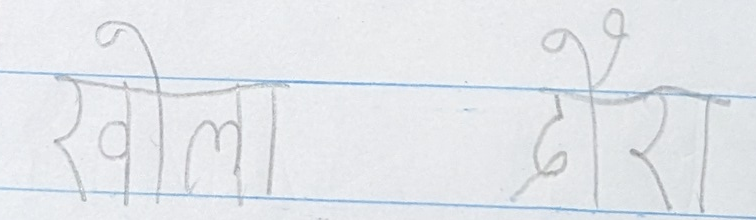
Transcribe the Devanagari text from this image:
खोला दौरा